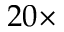
2 0 \times